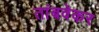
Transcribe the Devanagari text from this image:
तांबवेकर